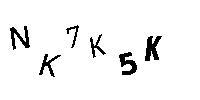
NK7K5K